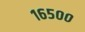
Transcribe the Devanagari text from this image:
१६५००